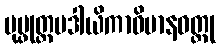
ပုပ္ဖုတ္တမဒါယိကာဝိမာနဝတ္ထု